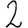
Digit: 2